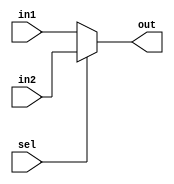

module mux_5x2(in1, in2, sel, out);

input  [4:0] in1,in2;
input sel;
output reg [4:0] out;

always @(sel or in1 or in2)
begin
if(sel==0)
   out=in1;
else
   out=in2;
end

endmodule